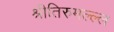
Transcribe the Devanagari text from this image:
श्रीतिरुमल्ल्ल